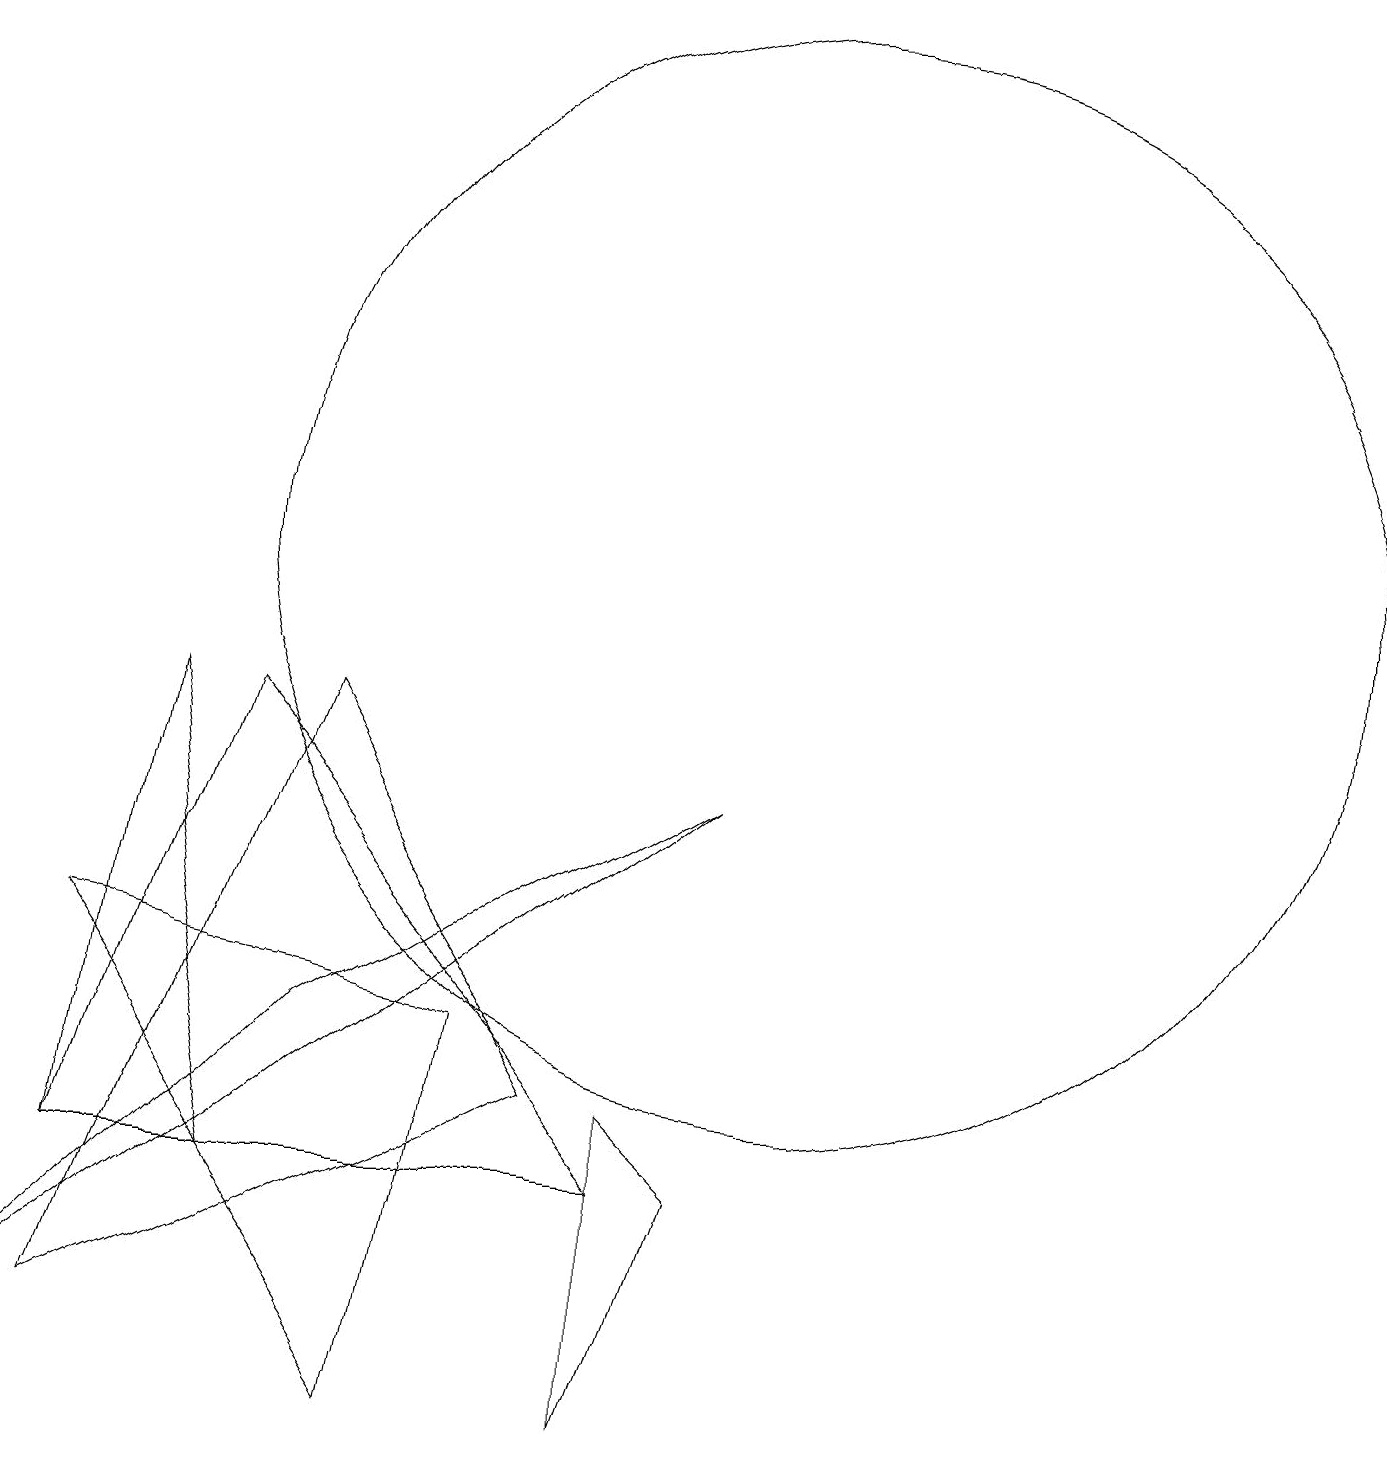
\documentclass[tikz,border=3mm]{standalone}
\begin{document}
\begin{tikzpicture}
\draw (9,8) -- (4,5) -- (0,1) -- cycle;
\draw (3,3) -- (2,9) -- (1,3) -- cycle;
\draw (10,11) circle (7);
\draw (3,9) -- (1,3) -- (8,3) -- cycle;
\draw (8,4) -- (8,0) -- (9,3) -- cycle;
\draw (6,5) -- (5,0) -- (1,6) -- cycle;
\draw (4,9) -- (7,4) -- (1,1) -- cycle;
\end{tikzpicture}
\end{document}